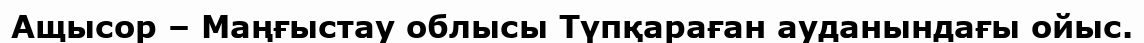
Ащысор – Маңғыстау облысы Түпқараған ауданындағы ойыс.